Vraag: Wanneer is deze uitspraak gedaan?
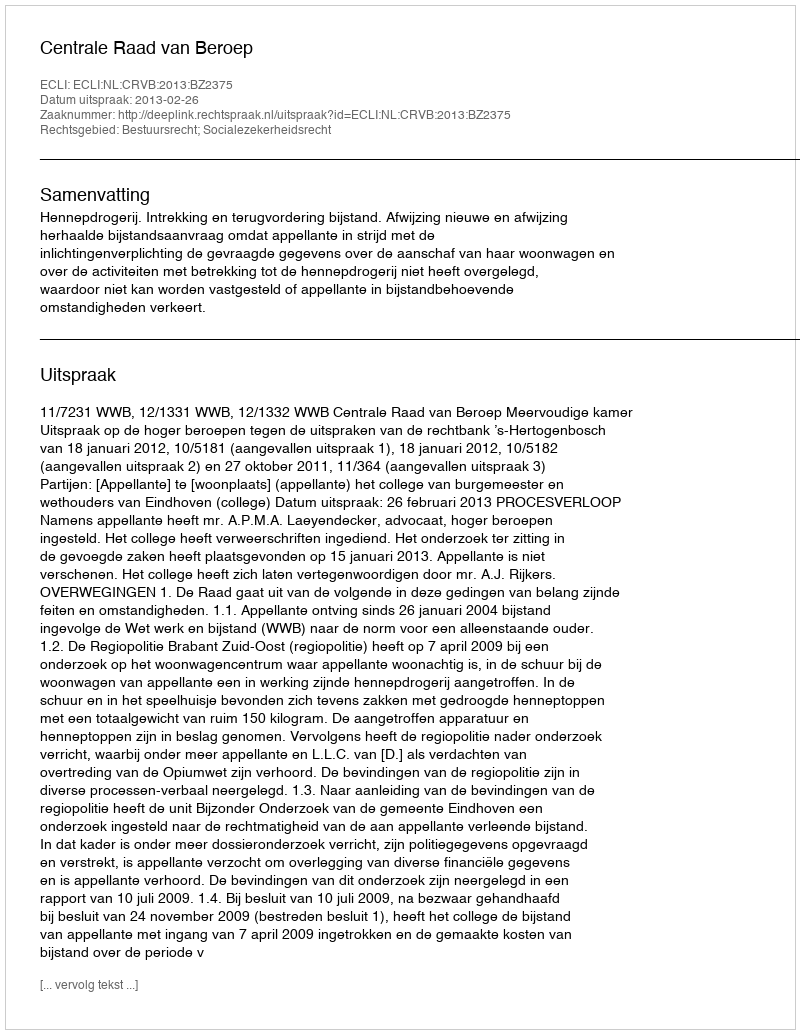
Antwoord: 2013-02-26